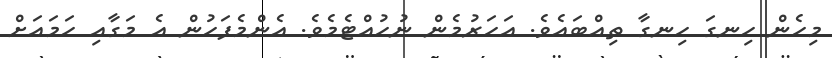
މިހެން ހިނގަ ހިނގާ ތިއްބައެވެ. އަހަރުމެން ނުހުއްޓެމެވެ. އެންމެފަހުން އެ މަގާއި ހަމައަށް